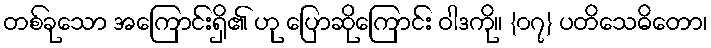
တစ်ခုသော အကြောင်းရှိ၏ ဟု ပြောဆိုကြောင်း ဝါဒကို။ {၀၇} ပတိသေဓိတော၊